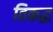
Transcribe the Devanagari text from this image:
विकद्ध